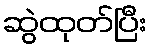
ဆွဲထုတ်ပြီး